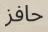
حافز